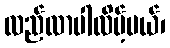
လည်လာပါလိမ့်မယ်၊